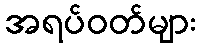
အရပ်ဝတ်များ